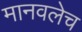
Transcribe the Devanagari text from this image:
मानवलेच